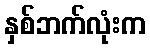
နှစ်ဘက်လုံးက